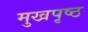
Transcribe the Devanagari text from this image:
मुखपृष्‍ठ